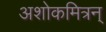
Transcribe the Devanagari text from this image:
अशोकमित्रन्